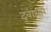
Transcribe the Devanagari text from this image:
दबाभार